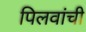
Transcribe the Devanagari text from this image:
पिलवांची